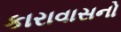
કારાવાસનો